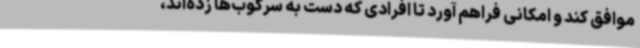
موافق کند و امکانی فراهم آورد تا افرادی که دست به سرکوب‌ها زده‌اند،